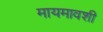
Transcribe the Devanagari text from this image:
मायमावशी